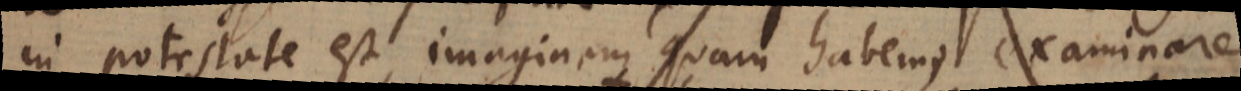
in potestate est, imaginem quam habemus examinare